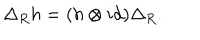
\Delta _ { R } h = ( h \otimes i d ) \Delta _ { R } .